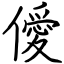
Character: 僾